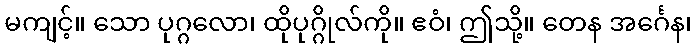
မကျင့်။ သော ပုဂ္ဂလော၊ ထိုပုဂ္ဂိုလ်ကို။ ဧဝံ၊ ဤသို့။ တေန အင်္ဂေန၊